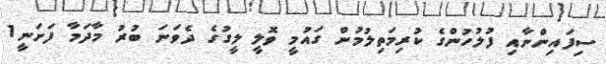
ސިފައިންނާއި ފުލުހުންގެ ކުރިމަތިލުމުން ގައުމީ ވޮލީ ލީގުގެ ދެވަނަ ބުރު މާދަމާ ފަށަނީ1